Annual administration report of the Civil Veterinary Department, Ajmere-Merwara, British Rajputana - 1914-1940
Year: 1914
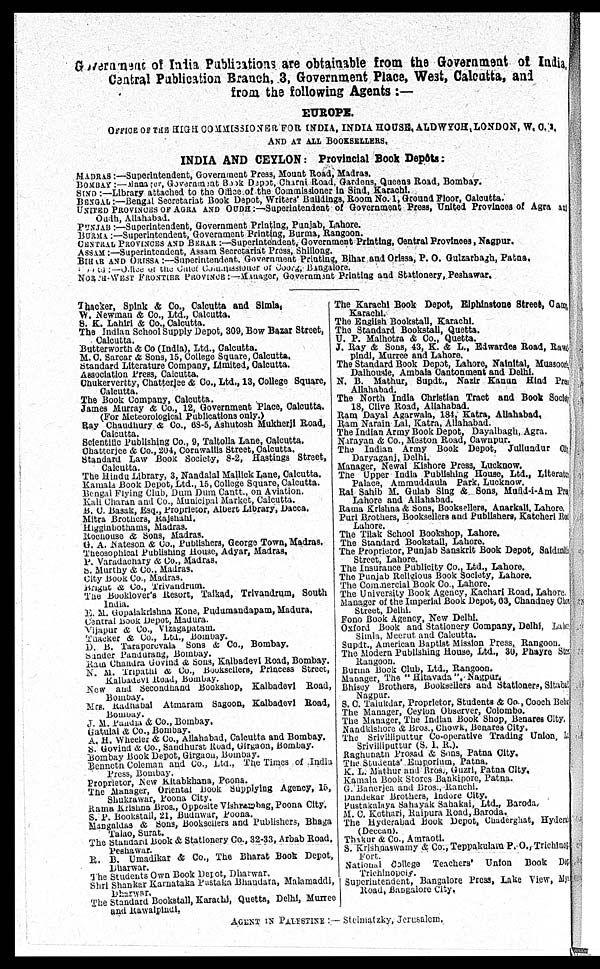
Government of India Publications are obtainable from the Government of India,
Central Publication Branch, 3, Government Place, West, Calcutta, and
from the following Agents :—
EUROPE.
OFFICE OF THE HIGH COMMISSIONER FOR INDIA, INDIA HOUSE, ALDWYCH, LONDON, W. C. B.
AND AT ALL BOOKSELLERS.
INDIA AND CEYLON: Provincial Book Depôts:
MADRAS:—Superintendent, Government Press, Mount Road, Madras.
BOMBAY :—Manager, Government Book Depot, Charni Road, Gardens, Queens Road, Bombay.
SIND:—Library attached to the Office of the Commissioner In Sind, Karachi.
BENGAL:—Bengal Secretariat Book Depot, Writers' Buildings, Room No. 1, Ground Floor, Calcutta.
UNITED
PROVINCES
OF
OUDH:—Superintendent
of Government Press, United Provinces of Agra at
Oudh, Allahabad.
PUNJAB :—Superintendent, Government Printing, Punjab, Lahore.
BURMA :—Superintendent, Government Printing, Burma, Rangoon.
CENTRAL PROVINCES AND BERAR :—Superintendent, Government Printing, Central Provinces, Nagpur.
ASSAM :—Superintendent, Assam Secretariat Press, Shillong.
BIHAR AND OROSSA :—Superintendent, Government Printing, Bihar and Orissa, P. O. Gulzarbagh, Patna,
COORG:— Office of the Chief Commissioner of Coorg, Bangalore.
NORTH-WEST FRONTIER PROVINCES:—Manager, Government Printing and Stationery, Peshawar,
Thacker, Spink & Co., Calcutta and Simla.
W. Newman & Co., Ltd., Calcutta.
S. K. Lahiri & Co., Calcutta.
The Indian School Supply Depot, 309, Bow Bazar Street,
Calcutta.
Butterworth & Co (India), Ltd., Calcutta.
M. C. Sarcar & Sons, 15, College Square, Calcutta.
Standard Literature Company, Limited, Calcutta.
Association Press, Calcutta.
Chukervertty, Chatterjee &. Co., Ltd., 13, College Square,
Calcutta.
The Book Company, Calcutta.
James Murray & Co., 12, Government Place, Calcutta.
(For Meteorological Publications only.)
Ray Chaudhury & Co., 68-5, Ashutosh Mukherji Road,
Calcutta.
Scientific Publishing Co., 9, Taltolla Lane, Calcutta.
Chatterjee & Co., 204, Cornwallis Street, Calcutta.
Standard Law Book Society, 8-2, Hastings Street,
Calcutta.
The Hindu Library, 3, Nandalal Mallick Lane, Calcutta.
Kamala Book Depot, Ltd., 15, College Square, Calcutta.
Bengal Flying Club, Dum Dum Cantt., on Aviation.
Kali Charan and Co., Municipal Market, Calcutta.
B. C. Basak, Esq., Proprietor, Albert Library, Dacca.
Mitra Brothers, Rajshahi.
Higginbothams, Madras.
Rochouse & Sons, Madras.
G. A. .Nateson & Co., Publishers, George Town, Madras.
Theosophical Publishing House, Adyar, Madras,
P. Varadachary & Co., Madras,
S. Murthy & Co.. Madras.
City BOOK Co., Madras,
Bright & Co., Trivandrum.
The Booklover's Resort, Taikad, Trivandrum, South
India.
E. M. Gopalakrishna Kone, Pudumandapam, Madura.
Central Book Depot, Madura.
Vijapur & Co., Vizagapatam.
Thacker & Co., Ltd., Bombay.
D. B. Taraporevala Sons & Co., Bombay.
Sunder Pundurang, Bombay.
Ram Chandra Govind & Sons, Kalbadevi Road, Bombay.
N. M. Tripathi & Co., Booksellers, Princess Street,
Kalbadevi Road, Bombay.
New and Secondhand Bookshop, Kalbadevi Road,
Bombay.
Mrs. Radhabai Atmaram Sagoon, Kalbadevi Road,
Bombay.
J. M. Panda & Co., Bombay.
Gatulal & Co., Bombay.
A. H. Wheeler & Co., Allahabad, Calcutta and Bombay.
S. Govind & Co., Sandhurst Road, Girgaon, Bombay,
Bombay Book Depot, Girgaon, Bombay.
Benneth Coleman and Co., Ltd., The Times of India
Press, Bombay.
Proprietor, New Kitabkhana, Poona.
The Manager, Oriental Book Supplying Agency, 16,
Shukrawar, Poona City.
Rama Krishna Bros., Opposite Vishrambag, Poona City.
S. P. Bookstall, 21, Budhwar, Poona.
Mangaldas & Sons, Booksellers and Publishers, Bhaga
Talao, Surat.
The standard Book & Stationery Co., 32-33, Arbab Road,
Peshawar.
R. B. Umadikar & Co., The Bharat Book Depot,
Dharwar.
The Students Own Book Depot, Dharwar.
Shri Shankar Karnataka Pustaka Bhandara, Malamaddi,
Dharwar.
The Standard Bookstall, Karachi, Quetta, Delhi, Murreo
and Rawalpindi,
The Karachi Book Depot, Elphinstone Street, Came
Karachi.
The English Bookstall, Karachi.
The Standard Bookstall, Quetta.
U. P. Malhotra & Co., Quetta.
J. Ray & Sons, 43, K. & L., Edwardes Road, Rawal-
pindi, Murree and Lahore.
The Standard Book Depot, Lahore, Nainital, Mussoori
Dalhousie, Ambala Cantonment and Delhi.
N. B. Mathur, Supdt., Nazir Kanun Hind Press
Allahabad.
The North India Christian Tract and Book Sock
18, Clive Road,
Allahabad.
Ram Dayal Agarwala, 184, Katra, Allahabad,
Ram Narain Lal, Katra, Allahabad.
The Indian Army Book Depot, Dayalbagh, Agra.
Narayan & Co., Meston Road, Cawnpur.
The Indian Army Book Depot, Jullundur
Daryaganj, Delhi.
Manager, Newal Kishore Press, Lucknow.
The Upper India Publishing House, Ltd., Literate
Palace, Ammuddaula Park, Lucknow.
Rai Sahib M. Gulab Sing & Sons, Mufid-i-Am Press
Lahore and Allahabad.
Rama Krishna & Sons, Booksellers, Anarkali, Lheahore.
Puri Brothers, Booksellers and Publishers, Katcri Rd
Lahore.
The Tilak School Bookshop, Lahore.
The Standard Bookstall, Lahore.
The Proprietor, Punjab Sanskrit Book Depot. Saidmth
Street, Lahore.
The Insurance Publicity Co., Ltd., Lahore.
The Punjab Religious Book Society, Lahore.
The Commercial Book Co., Lahore.
The University Book Agency, Kachari Road, Lahore.
Manager of the Imperial Book Depot, 63, Chandney Chawk
Street, Delhi.
Fono Book Agency, New Delhi.
Oxford Book and Stationery Company, Delhi, Lahore.
Simla, Meerut and Calcutta.
Supdt., American Baptist Mission Press, Rangoon.
The Modern Publishing House, Ltd., 30, Phayre Street
Rangoon.
Burma Book Club. Ltd., Rangoon.
Manager, The " Hitavada ", Nagpur.
Bhisey Brothers, Booksellers and Stationers, Sitacs
Nagpur.
S. C. Talukdar, Proprietor, Students & Co., Cooch Behar
The Manager, Ceylon Observer, Colombo.
The Manager, The Indian Book Shop, Benares City.
Nandkishore & Bros., Chowk, Benares City.
The Srivilliputtur Co-operative Trading
Union,
Srivilliputtur (S. I. R.).
Raghunath Prasad & Sons, Patna City.
The Students' Emporium, Patna.
K. L. Mathur and Bros., Guzri, Patna City.
Kamala Book Stores Bankipore, Patna.
G. Banerjee and Bros., Ranchi.
Dandekar Brothers, Indore City.
Pustakalaya Sahayak Sahakai, Ltd., Baroda,
M. C. Kothari, Raipura Road,Baroda.
The Hyderabad Book Depot, Chanderghat, Hyderabad
(Deccan).
Thakur & Co., Amraoti.
S. Krishnaswamy & Co., Teppakulam P. O., Trichinopoly
Fort.
National College Teachers
Union Book D
Trichinopoly.
Superintendent, Bangalore Press, Lake View, My
Road, Bangalore City.
AGENT IN PALETINE: — Steimatzky, Jerusalem.